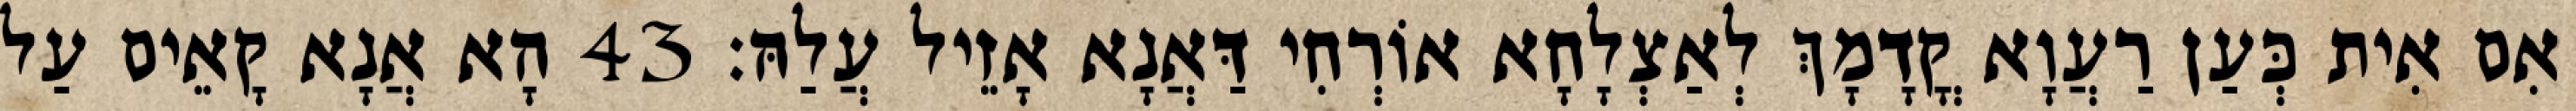
אִם אִית כְּעַן רַעֲוָא קֳדָמָךְ לְאַצְלָחָא אוֹרְחִי דַּאֲנָא אָזֵיל עֲלַהּ׃ 43 הָא אֲנָא קָאֵים עַל